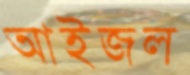
আইজল